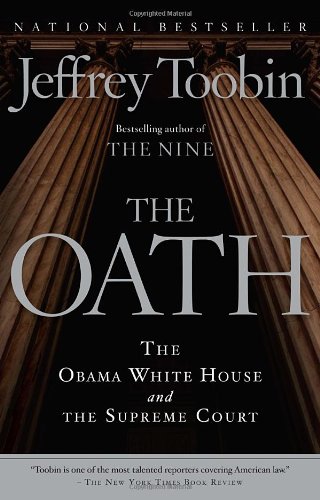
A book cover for The Oath: The Obama White House and The Supreme Court; Jeffrey Toobin; Law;